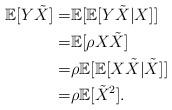
LaTeX: \begin{align*}\mathbb{E}[Y\tilde{X}]=&\mathbb{E}[\mathbb{E}[Y\tilde{X}|X]]\\=&\mathbb{E}[\rho X\tilde{X}]\\=&\rho\mathbb{E}[\mathbb{E}[ X\tilde{X}|\tilde{X}]]\\=&\rho\mathbb{E}[\tilde{X}^2].\end{align*}